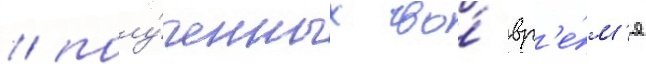
/ полу́ченных во́ вр'е́м'я